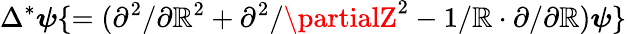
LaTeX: \Delta^{*}\boldsymbol{\psi}\{ =(\partial^{2}/\partial\mathbb{R}^{2}+\partial^{2}/\partialZ^{2}-1/\boldsymbol{\mathbb{R}}\cdot\partial/\partial\mathbb{R})\boldsymbol{\psi}\}